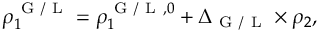
\rho _ { 1 } ^ { \mathrm { ~ G ~ / ~ L ~ } } = \rho _ { 1 } ^ { \mathrm { ~ G ~ / ~ L ~ } , 0 } + \Delta _ { \mathrm { ~ G ~ / ~ L ~ } } \times \rho _ { 2 } ,